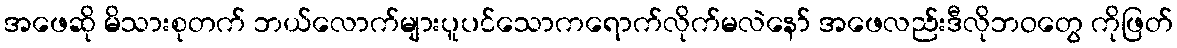
အဖေဆို မိသားစုတက် ဘယ်လောက်များပူပင်သောကရောက်လိုက်မလဲနော် အဖေလည်းဒီလိုဘဝတွေ ကိုဖြတ်